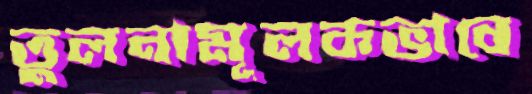
তুলনামূলকভাবে